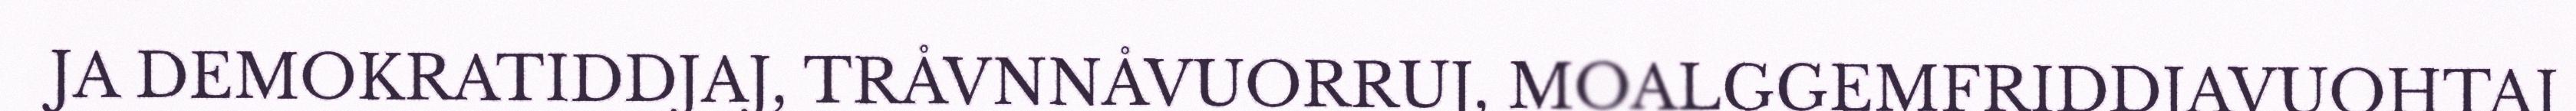
JA DEMOKRATIDDJAJ, TRÅVNNÅVUORRUJ, MOALGGEMFRIDDJAVUOHTAJ